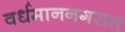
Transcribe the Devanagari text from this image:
वर्धमाननगरात